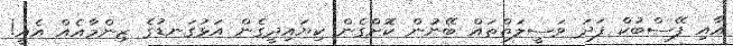
އާއި ފޭސްބުކް ފަދަ ވަސީލަތްތައް ބޭނުން ކޮށްގެން ކިޔައިދީގެން އަޅުގަނޑުގެ ޒިންމާއެއް އެއީ!